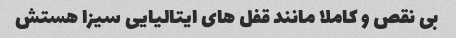
بی نقص و کاملا مانند قفل های ایتالیایی سیزا هستش